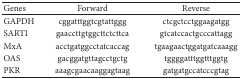
| Genes | Forward | Reverse |
 | --- | --- | --- |
 | GAPDH | cggatttggtcgtattggg | ctcgctcctggaagatgg |
 | SART1 | gaaccttgtggcttctcttca | gtcatccactgcccattagg |
 | MxA | acctgatggcctatcaccag | tgaagaactggatgatcaaagg |
 | OAS | gacggatgttagcctgctg | tggggatttggtttggtg |
 | PKR | aaagcgaacaaggagtaag | gatgatgccatcccgtag |